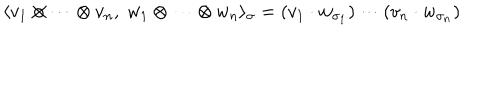
LaTeX: \langle v _ { 1 } \otimes \cdots \otimes v _ { n } , \; w _ { 1 } \otimes \cdots \otimes w _ { n } \rangle _ { \sigma } = ( v _ { 1 } \cdot w _ { \sigma _ { 1 } } ) \cdots ( v _ { n } \cdot w _ { \sigma _ { n } } )